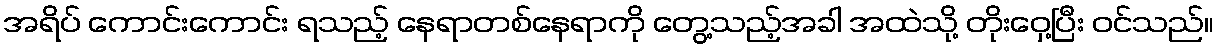
အရိပ် ကောင်းကောင်း ရသည့် နေရာတစ်နေရာကို တွေ့သည့်အခါ အထဲသို့ တိုးဝှေ့ပြီး ဝင်သည်။